Indian journal of veterinary science and animal husbandry - Volumes 26-27, 1956-1957
Year: 1956
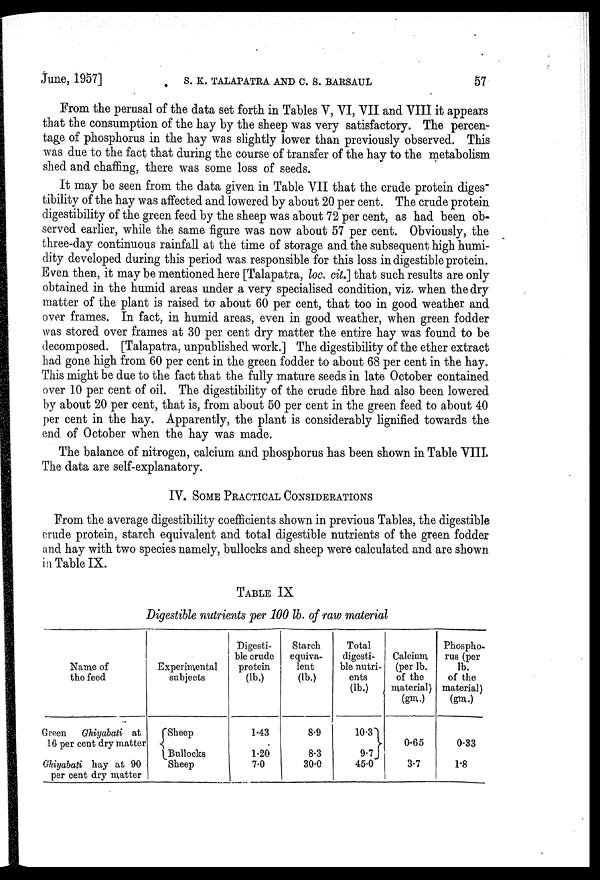
June, 1957] S. K. TALAPATRA AND C. S. BARSAUL 57
From the perusal of the data set forth in Tables V, VI, VII and VIII it appears
that the consumption of the hay by the sheep was very satisfactory. The percen-
tage of phosphorus in the hay was slightly lower than previously observed. This
was due to the fact that during the course of transfer of the hay to the metabolism
shed and chaffing, there was some loss of seeds.
It may be seen from the data given in Table VII that the crude protein diges
tibility of the hay was affected and lowered by about 20 per cent. The crude protein
digestibility of the green feed by the sheep was about 72 per cent, as had been ob-
served earlier, while the same figure was now about 57 per cent. Obviously, the
three-day continuous rainfall at the time of storage and the subsequent high humi-
dity developed during this period was responsible for this loss in digestible protein.
Even then, it may be mentioned here [Talapatra, loc. cit.] that such results are only
obtained in the humid areas under a very specialised condition, viz. when the dry
matter of the plant is raised to about 60 per cent, that too in good weather and
over frames. In fact, in humid areas, even in good weather, when green fodder
was stored over frames at 30 per cent dry matter the entire hay was found to be
decomposed. [Talapatra, unpublished work.] The digestibility of the ether extract
had gone high from 60 per cent in the green fodder to about 68 per cent in the hay.
This might be due to the fact that the fully mature seeds in late October contained
over 10 per cent of oil. The digestibility of the crude fibre had also been lowered
by about 20 per cent, that is, from about 50 per cent in the green feed to about 40
per cent in the hay. Apparently, the plant is considerably lignified towards the
end of October when the hay was made.
The balance of nitrogen, calcium and phosphorus has been shown in Table VIII.
The data are self-explanatory.
IV. SOME PRACTICAL CONSIDERATIONS
From the average digestibility coefficients shown in previous Tables, the digestible
crude protein, starch equivalent and total digestible nutrients of the green fodder
and hay with two species namely, bullocks and sheep were calculated and are shown
in Table IX.
TABLE IX
Digestible nutrients per 100 lb. of raw material
Name of
the feed
Green
Ghiyabati at
16 per cent dry matter
Ghiyabati hay at 90
per cent dry matter
Experimental
subjects
Sheep
Bullocks
Sheep
Digesti-
ble crude
protein
(lb.)
1.43
1.20
7.0
Starch
equiva-
lent
(lb.)
8.9
8.3
30.0
Total
digesti-
ble nutri-
ents
(lb.)
10.3
9.7
45.0
Calcium
(per lb.
of the
material)
(gm.)
0.65
3.7
Phospho-
rus (per
lb.
of the
material)
(gm.)
0.33
1.8